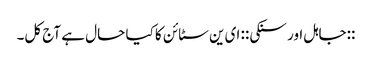
::جاہل اور سنکی:: ای ین سٹائن کا کیا حال ہے آج کل۔